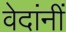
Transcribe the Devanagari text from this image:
वेदांनीं